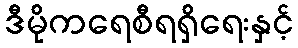
ဒီမိုကရေစီရရှိရေးနှင့်